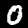
Digit: 0